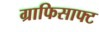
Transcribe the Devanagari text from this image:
ग्राफिसाफ्ट